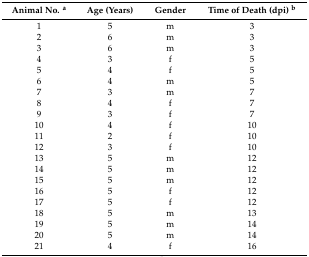
<table><thead><tr><td><b>Animal No. <sup>a</sup></b></td><td><b>Age (Years)</b></td><td><b>Gender</b></td><td><b>Time of Death (dpi) <sup>b</sup></b></td></tr></thead><tbody><tr><td>1</td><td>5</td><td>m</td><td>3</td></tr><tr><td>2</td><td>6</td><td>m</td><td>3</td></tr><tr><td>3</td><td>6</td><td>m</td><td>3</td></tr><tr><td>4</td><td>3</td><td>f</td><td>5</td></tr><tr><td>5</td><td>4</td><td>f</td><td>5</td></tr><tr><td>6</td><td>4</td><td>m</td><td>5</td></tr><tr><td>7</td><td>3</td><td>m</td><td>7</td></tr><tr><td>8</td><td>4</td><td>f</td><td>7</td></tr><tr><td>9</td><td>3</td><td>f</td><td>7</td></tr><tr><td>10</td><td>4</td><td>f</td><td>10</td></tr><tr><td>11</td><td>2</td><td>f</td><td>10</td></tr><tr><td>12</td><td>3</td><td>f</td><td>10</td></tr><tr><td>13</td><td>5</td><td>m</td><td>12</td></tr><tr><td>14</td><td>5</td><td>m</td><td>12</td></tr><tr><td>15</td><td>5</td><td>m</td><td>12</td></tr><tr><td>16</td><td>5</td><td>f</td><td>12</td></tr><tr><td>17</td><td>5</td><td>f</td><td>12</td></tr><tr><td>18</td><td>5</td><td>m</td><td>13</td></tr><tr><td>19</td><td>5</td><td>m</td><td>14</td></tr><tr><td>20</td><td>5</td><td>m</td><td>14</td></tr><tr><td>21</td><td>4</td><td>f</td><td>16</td></tr></tbody></table>